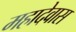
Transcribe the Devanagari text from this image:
महादेवास